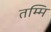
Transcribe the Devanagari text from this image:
तम्मि